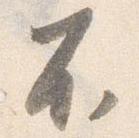
不